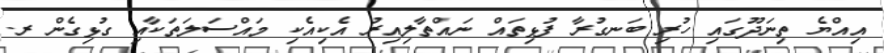
އިއްޔެ ތިނަދޫގައި ހުރި ބަނގުރާ ފުޅިތައް ނައްތާލިއިރު އެކިއެކި މައްސަލަތަކާއި ގުޅިގެން ރ.